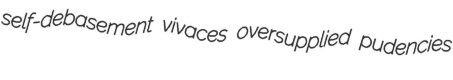
self-debasement vivaces oversupplied pudencies